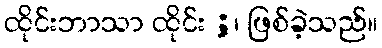
ထိုင်းဘာသာ ထိုင်း ;၊ ဖြစ်ခဲ့သည်။